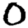
Digit: 0